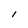
Character: l